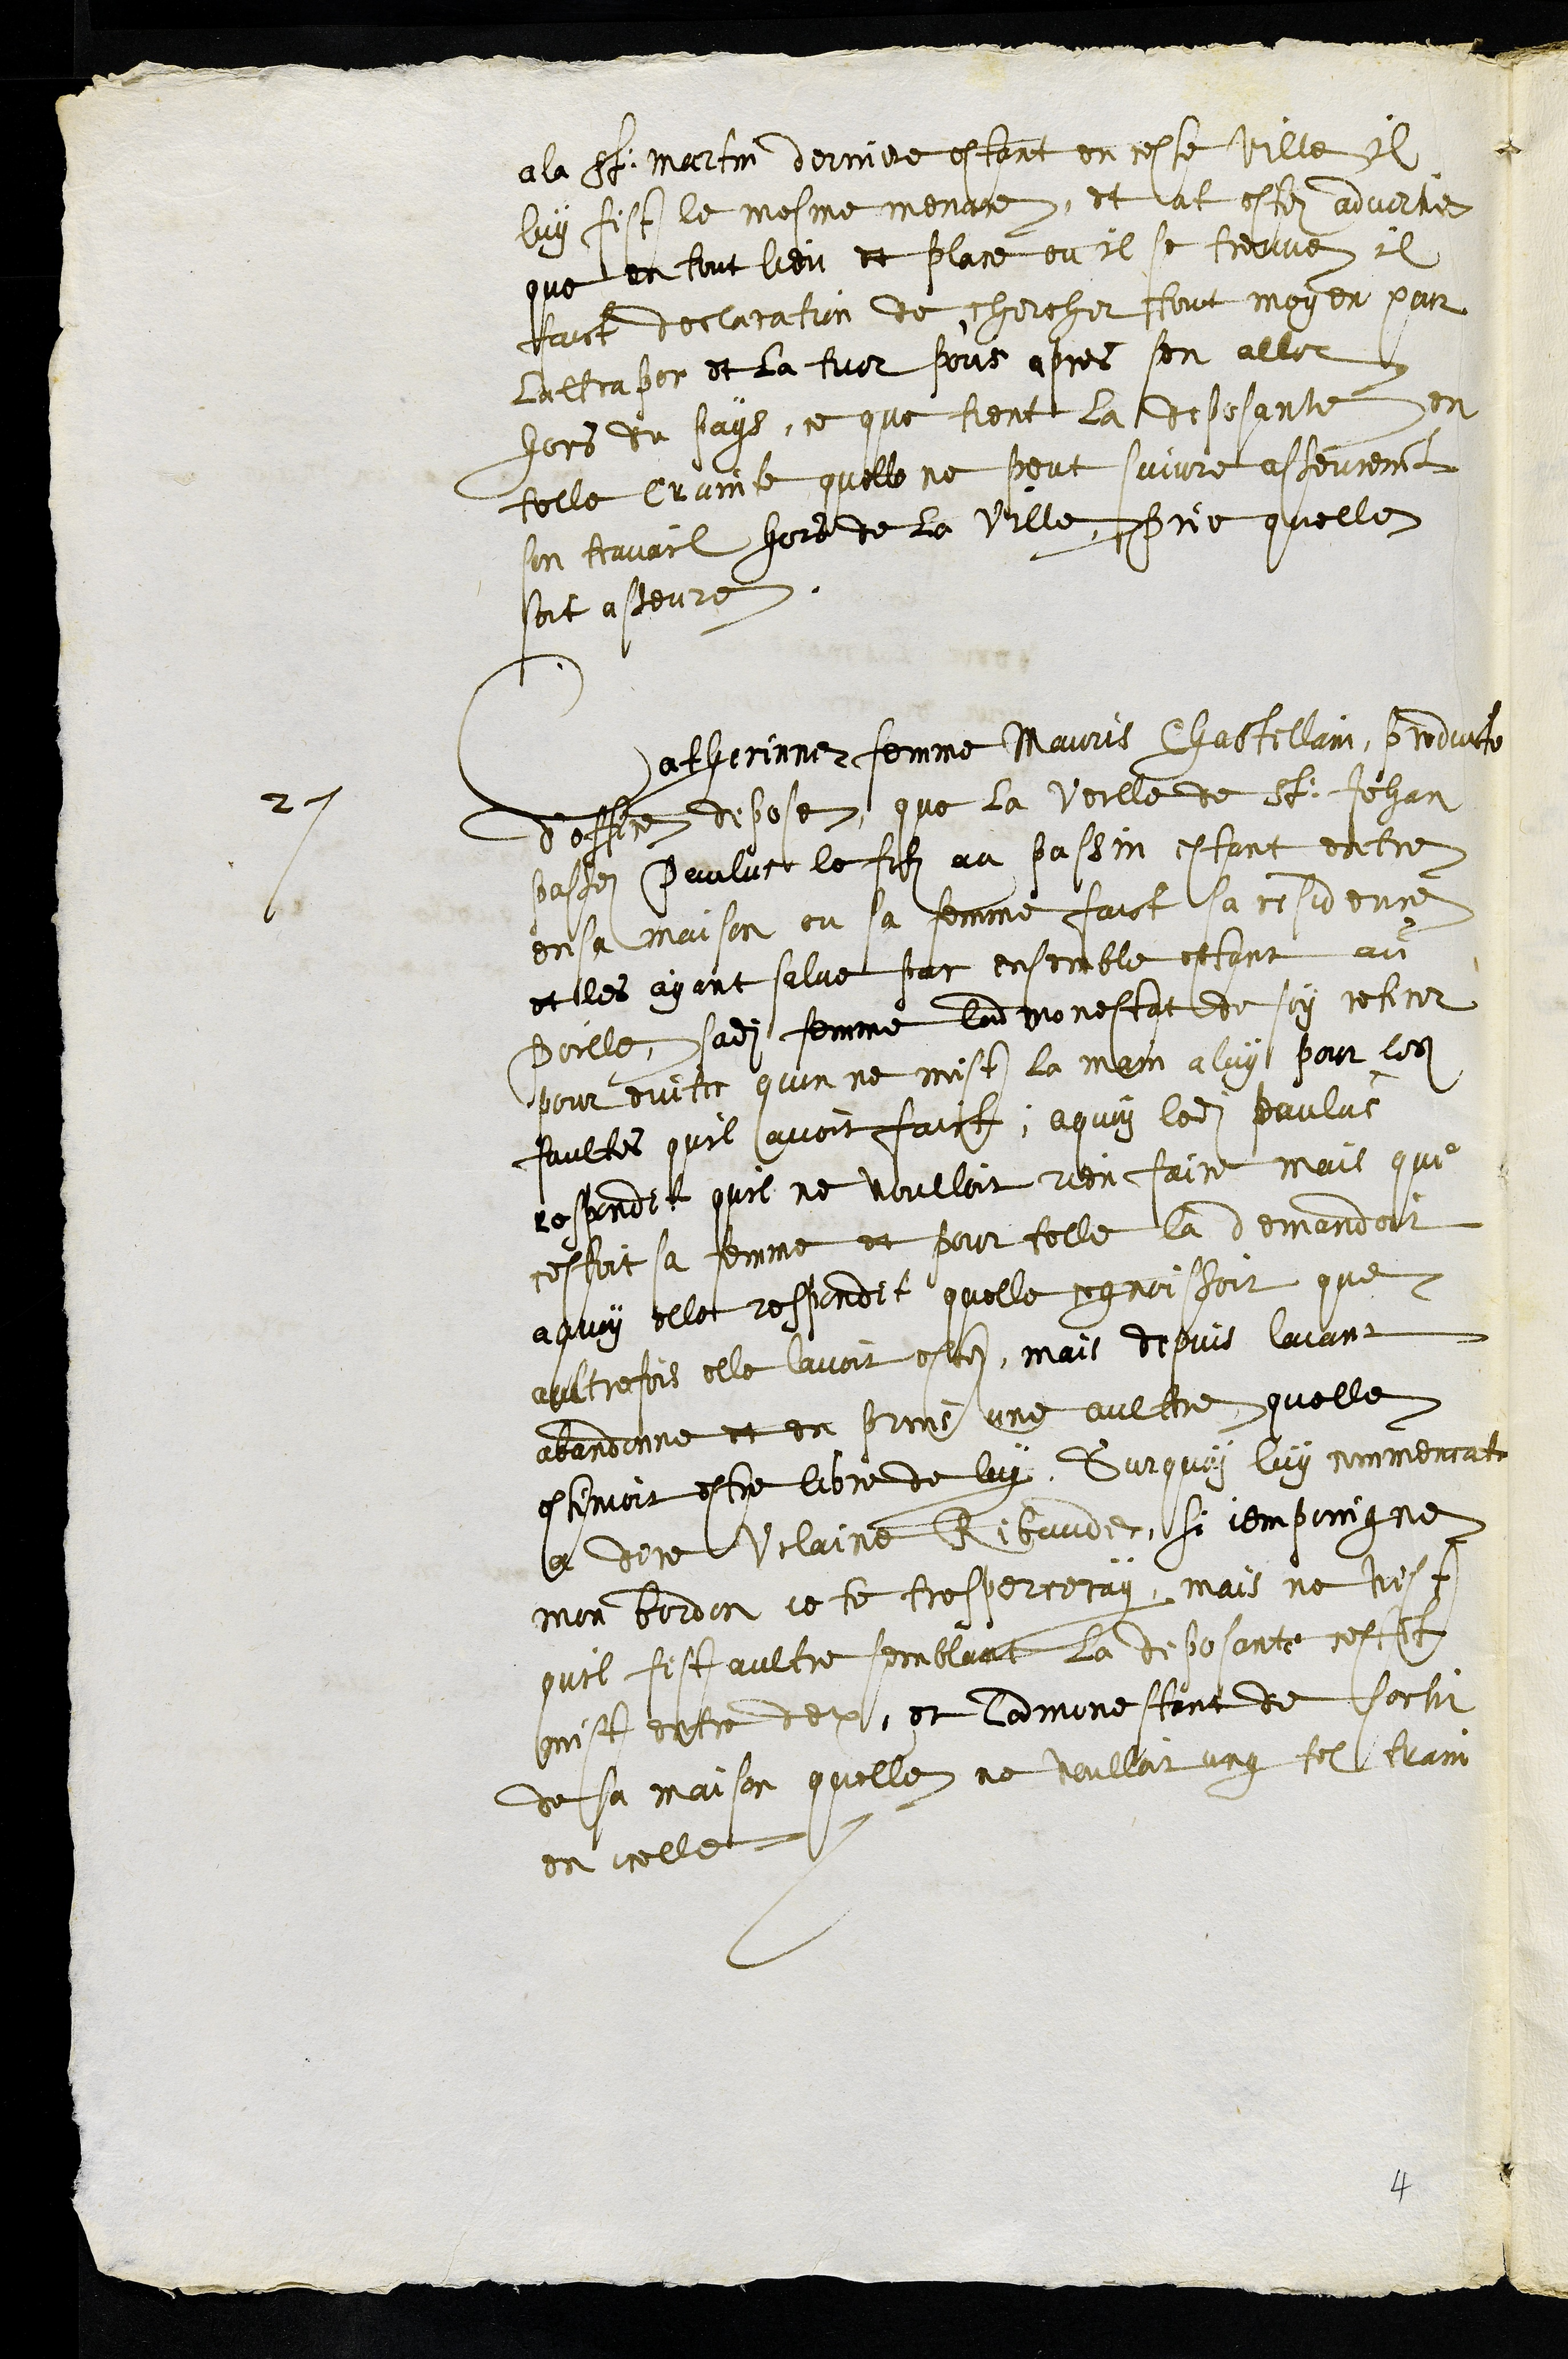
a la St Martin derniere estant en ceste ville il
luy fist le mesme menace, et at este advertie
que en tout lieu et place ou il se trouve il
faict declaration de chercher tout moyen pour
lattraper et la tuer pour apres sen aller
hors du pays, ce que tient la deposante en
telle crainte quelle ne peut suivre asseurement
son travail hors de la ville prie quelle
soit asseure
2e
Catherinne femme Mauris Chastellain, produite
d'office depose, que la veille de St Jehan
passez Paulus le filz au passin estant entre
en sa maison ou sa femme faict sa residence
et les ayant salue par ensemble estant au
poille sadite femme ladmonestat de soy retirer
pour eviter quon ne mist la main a luy pour les
faultes quil avoit faict, a quoy ledit paulus
respondit quil ne voulloit rien faire mais que
cestoit sa femme et pour telle la demandoit
aquoy elle respondit quelle cognoissoit que
aultrefois elle lavoit este, mais depuis laiant
abondonne et en prins une aultre quelle
estimoit estre libre de luy. Surquoy luy commencat
a dire Villaine Ribaude, si jempoingne
mon bordon je te tresperceray, mais ne vist
quil fist aultre semblant La deposante cestant
mist entre deux, et ladmonestant de sortir
de sa maison quelle ne voulloit ung tel train
en icelle.
4